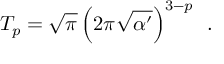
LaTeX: T _ { p } = \sqrt { \pi } \, \Big ( 2 \pi \sqrt { \alpha ^ { \prime } } \Big ) ^ { 3 - p } ~ ~ . \nonumber